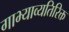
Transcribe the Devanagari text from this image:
गाभ्याव्यतिरिक्त